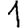
Digit: 1